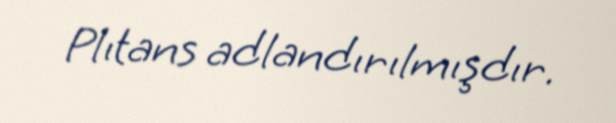
Plıtans adlandırılmışdır.